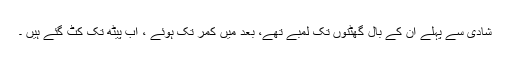
شادی سے پہلے ان کے بال گھٹنوں تک لمبے تھے، بعد میں کمر تک ہوئے ، اب پیٹھ تک کٹ گئے ہیں ۔